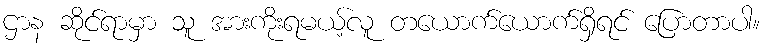
ဌာန ဆိုင်ရာမှာ သူ အားကိုးရမယ့်လူ တယောက်ယောက်ရှိရင် ပြောတာပါ။